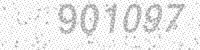
Solution: 901097